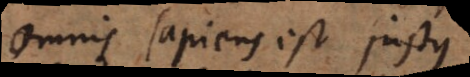
Omnis sapiens est justus.